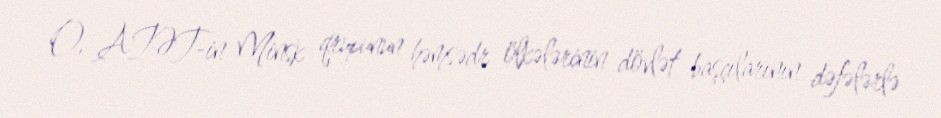
O, ATƏT-in Minsk qrupunun həmsədr ölkələrinin dövlət başçılarının dəfələrlə